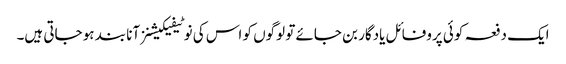
ایک دفعہ کوئی پروفائل یادگار بن جائے تو لوگوں کو اس کی نوٹیفیکیشنز آنا بند ہو جاتی ہیں۔